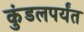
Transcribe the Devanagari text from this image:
कुंडलपर्यंत